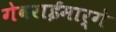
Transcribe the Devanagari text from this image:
गेवराईमार्गे